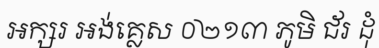
អក្សរ អង់គ្លេស ០២១៣ ភូមិ ជ័រ ដុំ